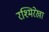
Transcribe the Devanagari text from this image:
रश्मिरेखा